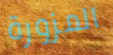
المزورة